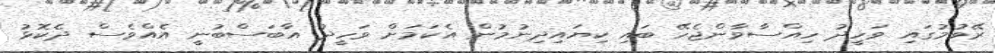
ރޭވުމުގައި ވަހީދު ހިއްސާވާންޖެހޭ ބައި ކިޔައިދިނުމުން އެކަމަށް ވަހީދު އާބަސްބުނީ އެއްވެސް ދެކޮޅު